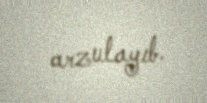
arzulayıb.